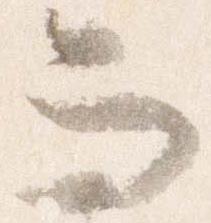
而